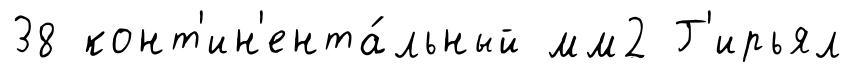
38 конт'ин'ента́льный мм2 Г'ирьял